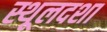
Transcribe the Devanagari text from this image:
स्थूलदशा